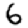
Digit: 6